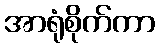
အာရုံစိုက်ကာ